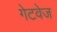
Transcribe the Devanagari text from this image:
गेटवेज